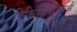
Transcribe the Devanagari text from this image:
विकिपरियोजनाओं